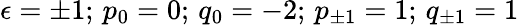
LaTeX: \epsilon=\pm 1;\, p_{0}=0;\, q_{0}=-2;\, p_{\pm 1}=1;\, q_{\pm 1}=1